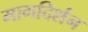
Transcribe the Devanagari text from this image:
मागदिर्शन